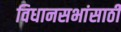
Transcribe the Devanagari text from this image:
विधानसभांसाठी